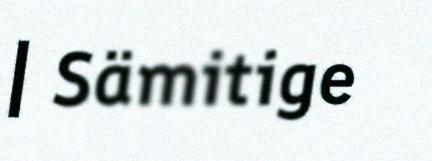
| Sämitige